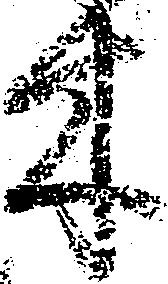
木